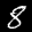
Label: 8